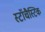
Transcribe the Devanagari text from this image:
स्टॉचैस्टिक